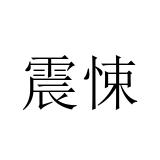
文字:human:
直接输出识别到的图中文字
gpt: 震悚